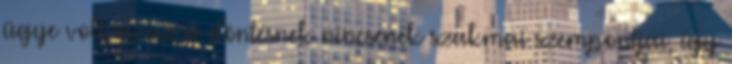
ügye volt, azaz a döntésnek nincsenek szakmai szempontjai, így